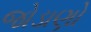
જોડાણો